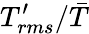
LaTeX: T_{rms}^{\prime}/\bar{T}